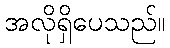
အလိုရှိပေသည်။